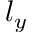
l _ { y }